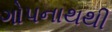
ગોપનાથથી